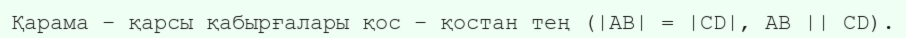
Қарама – қарсы қабырғалары қос – қостан тең (|AB| = |CD|, AB || CD).